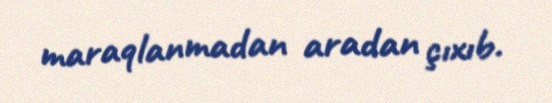
maraqlanmadan aradan çıxıb.